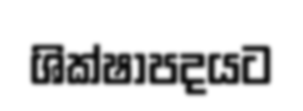
ශික්ෂාපදයට